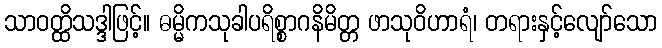
သာဝတ္ထိသဒ္ဒါဖြင့်။ ဓမ္မိကသုခါပရိစ္စာဂနိမိတ္တ ဖာသုဝိဟာရံ၊ တရားနှင့်လျော်သော